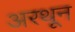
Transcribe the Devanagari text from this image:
अरथून